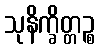
သုနိက္ခိတ္တဉ္စ